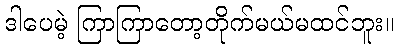
ဒါပေမဲ့ ကြာကြာတော့တိုက်မယ်မထင်ဘူး။